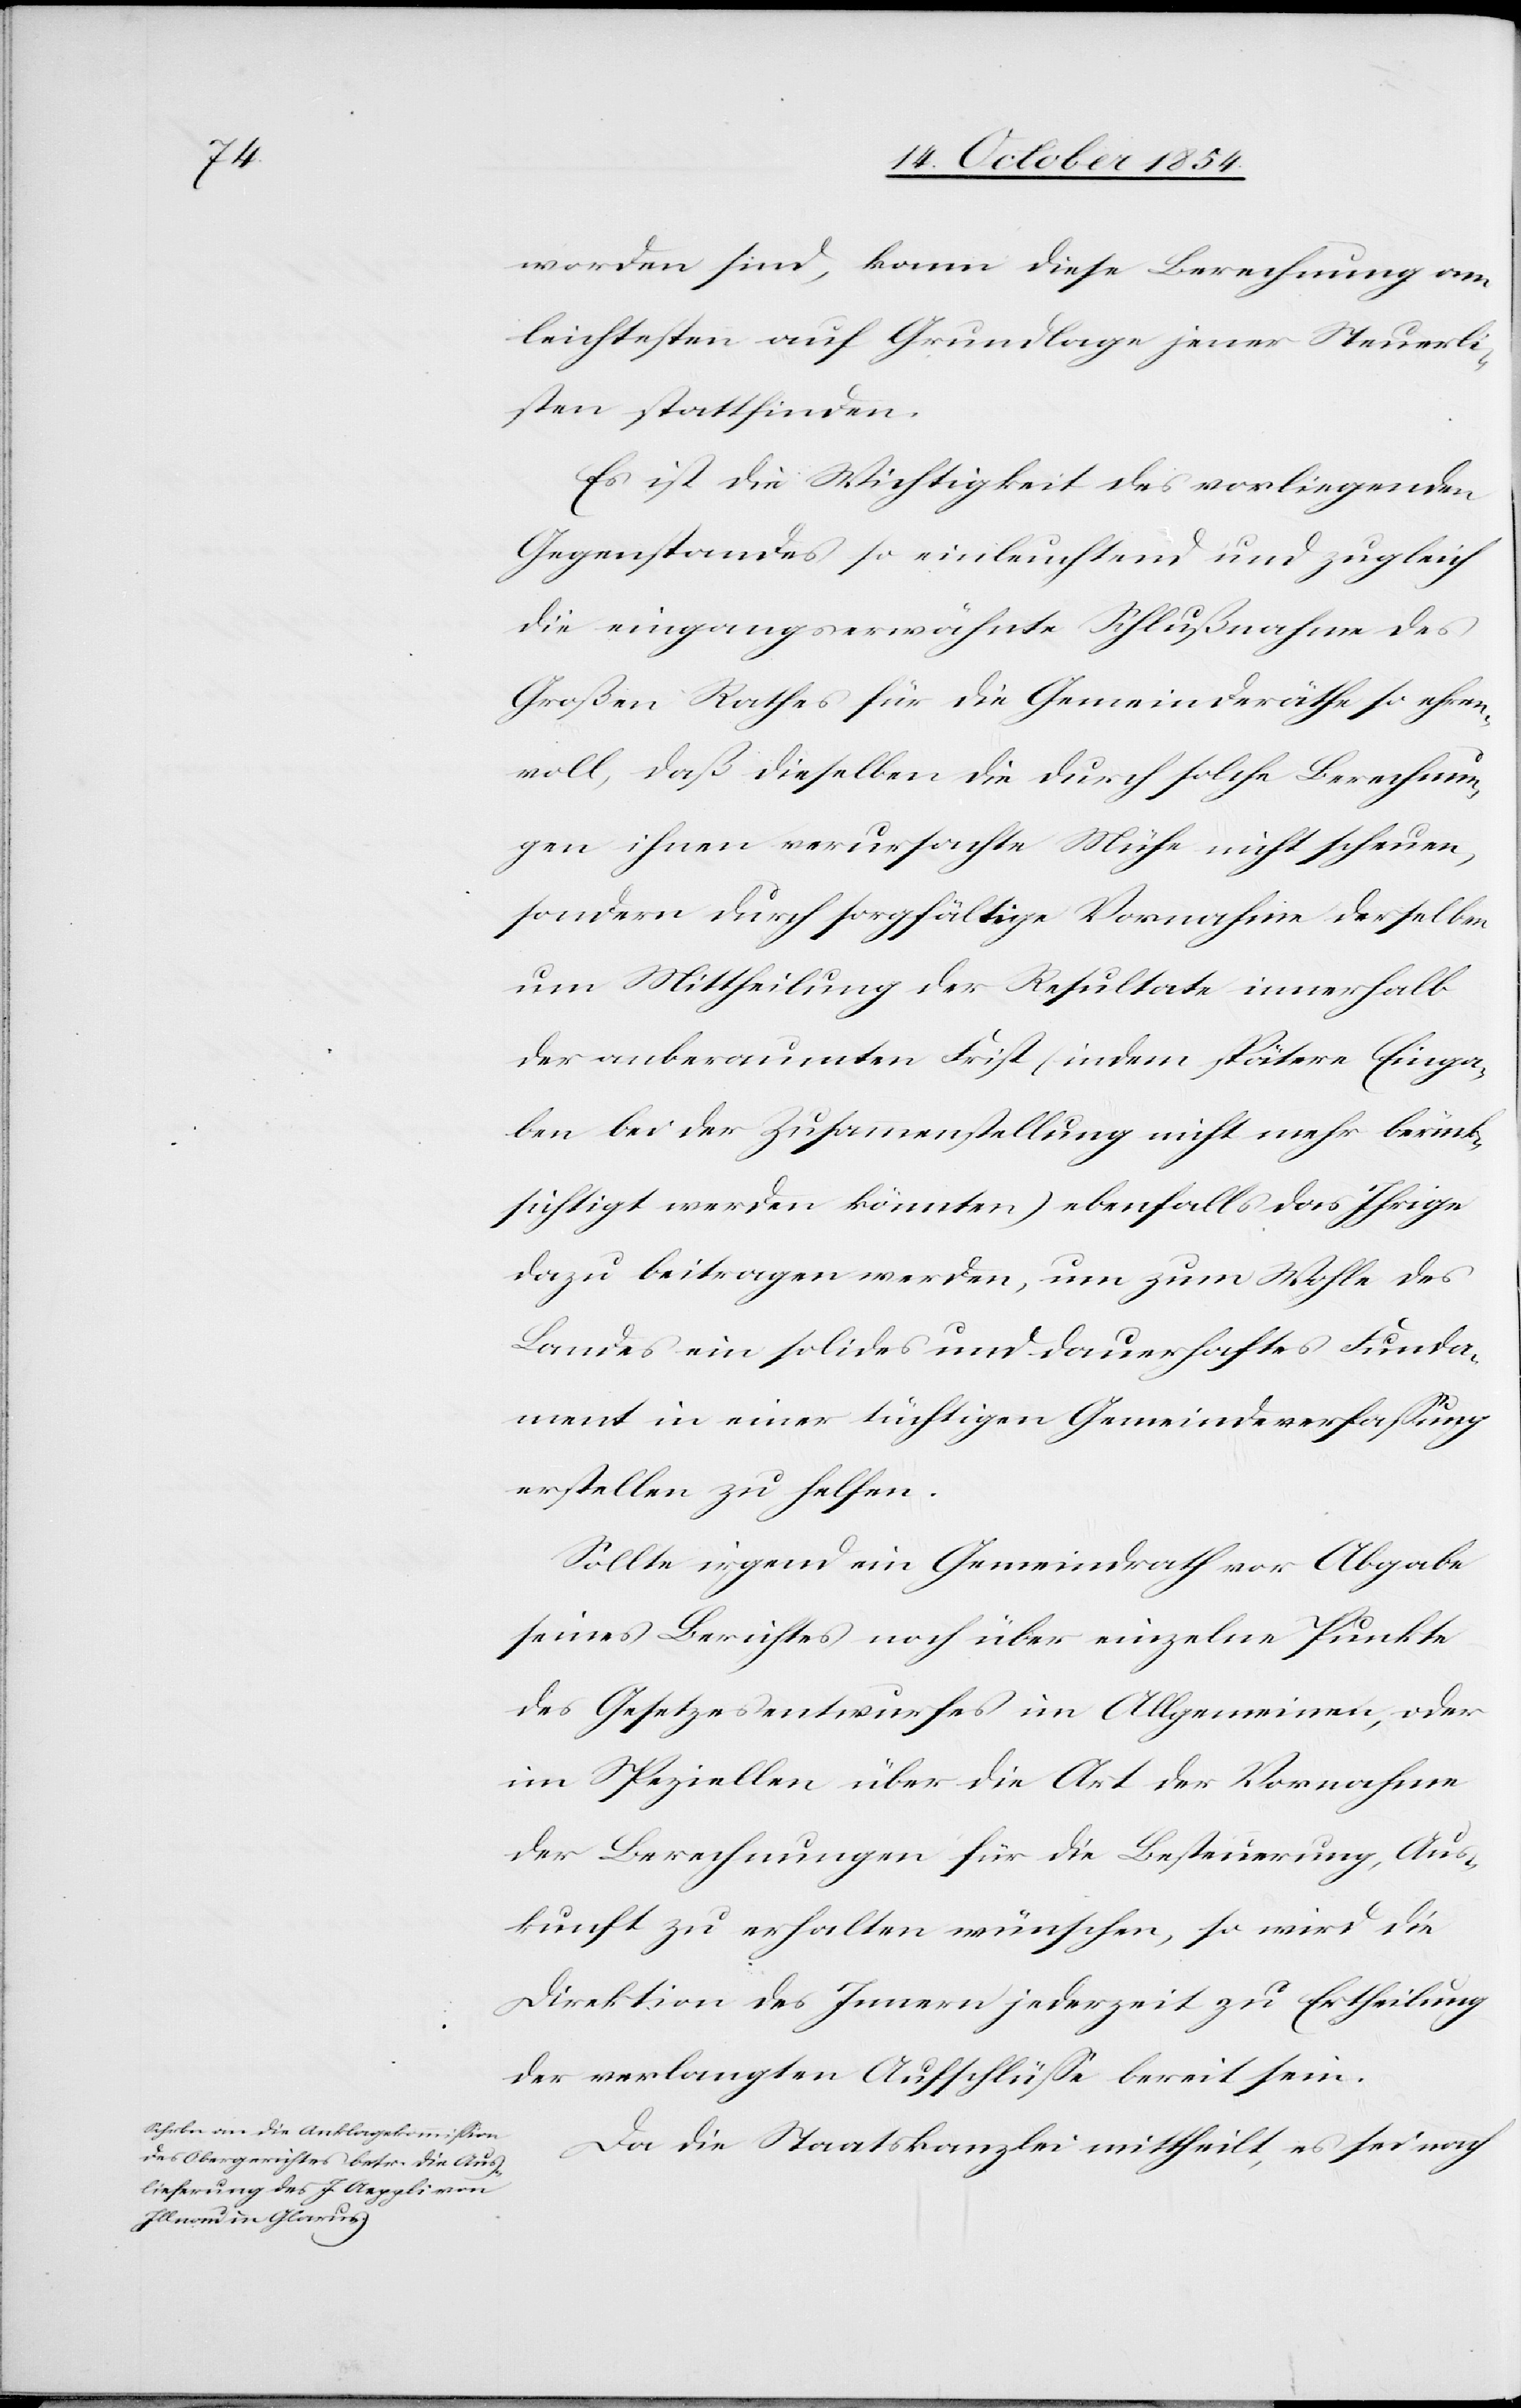
worden sind, kann diese Berechnung am
leichtesten auf Grundlage jener Steuerli¬
sten stattfinden.
Es ist die Wichtigkeit des vorliegenden
Gegenstandes so einleuchtend und zugleich
die eingangserwähnte Schlußnahme des
Großen Rathes für die Gemeinderäthe so ehren¬
voll, daß dieselben die durch solche Berechnun¬
g ihnen verursachte Mühe nicht scheuen,
sondern durch sorgfältige Vornahme derselben
um Mittheilung der Resultate innerhalb
der anberaumten Frist (indem spätere Einga¬
be bei der Zusammenstellung nicht mehr berück¬
sichtigt werden könnten) ebenfalls das Ihrige
dazu beitragen werden, um zum Wohle des
Landes ein solides und dauerhaftes Funda¬
ment in einer tüchtigen Gemeindeverfaßung
erstellen zu helfen.
Sollte irgend ein Gemeindrath vor Abgabe
seines Berichtes noch über einzelne Punkte
des Gesetzesentwurfes im Allgemeinen, oder
im Speziellen über die Art der Vornahme
der Berechnungen für die Besteuerung, Aus¬
kunft zu erhalten wünschen, so wird die
Direktion des Innern jederzeit zu Ertheilung
der verlangten Aufschlüße bereit sein.
Da die Staatskanzlei mittheilt, es sei nach